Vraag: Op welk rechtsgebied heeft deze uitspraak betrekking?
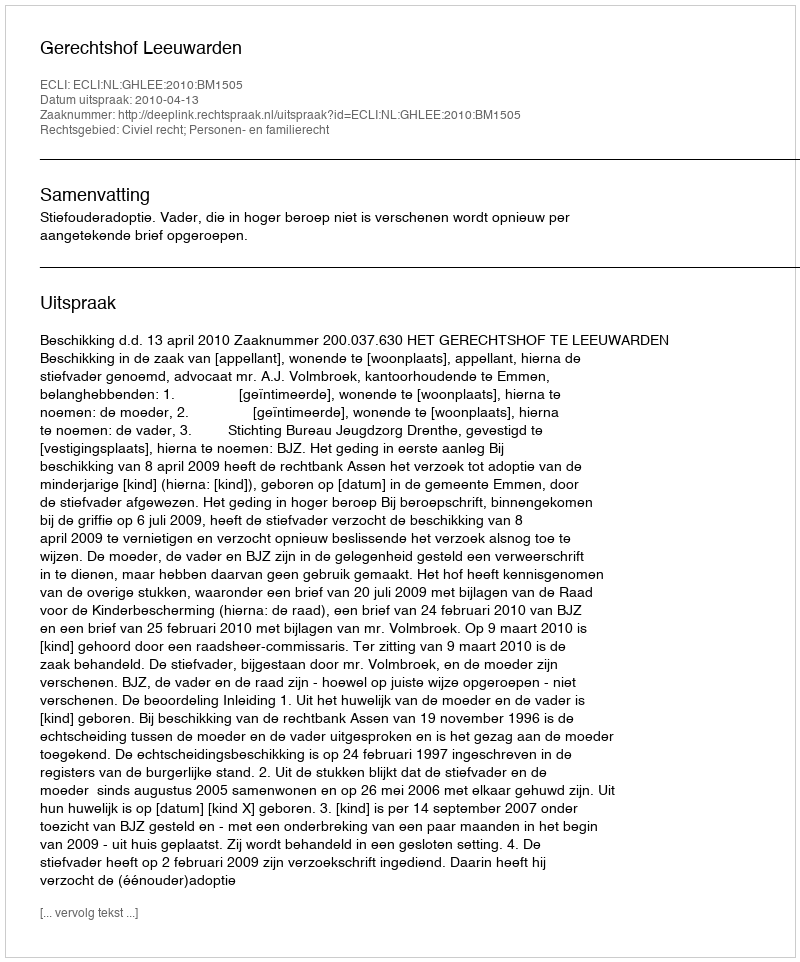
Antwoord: Civiel recht; Personen- en familierecht